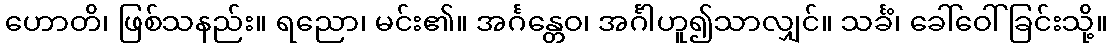
ဟောတိ၊ ဖြစ်သနည်း။ ရညော၊ မင်း၏။ အင်္ဂန္တေဝ၊ အင်္ဂါဟူ၍သာလျှင်။ သင်္ခံ၊ ခေါ်ဝေါ်ခြင်းသို့။